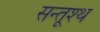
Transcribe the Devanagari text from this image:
सन्तूश्थ